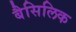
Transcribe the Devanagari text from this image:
बैसिलिक